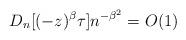
LaTeX: \begin{align*}D_{n}[(-z)^{\beta}\tau]n^{-\beta^{2}}=O(1)\end{align*}